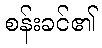
စန်းခင်၏